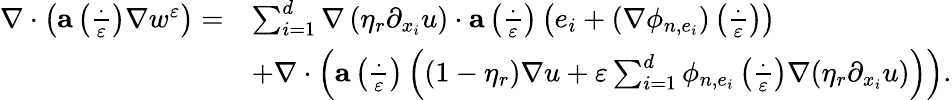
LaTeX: \begin{array}{rl}{\nabla\cdot\left(\mathbf{a}\left(\frac{\cdot}{\varepsilon}\right)\nabla w^{\varepsilon}\right)=}&{\sum_{i=1}^{d}\nabla\left(\eta_{r}\partial_{x_{i}}u\right)\cdot\mathbf{a}\left(\frac{\cdot}{\varepsilon}\right)\left(e_{i}+(\nabla\phi_{n,e_{i}})\left(\frac{\cdot}{\varepsilon}\right)\right)}\\ &{+\nabla\cdot\left(\mathbf{a}\left(\frac{\cdot}{\varepsilon}\right)\left((1-\eta_{r})\nabla u+\varepsilon\sum_{i=1}^{d}\phi_{n,e_{i}}\left(\frac{\cdot}{\varepsilon}\right)\nabla(\eta_{r}\partial_{x_{i}}u)\right)\right).}\end{array}